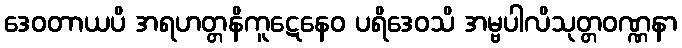
ဒေဝတာယပိ အရဟတ္တနိကူဋေနေဝ ပရိဒေဝသိ အမ္ဗပါလိသုတ္တဝဏ္ဏနာ